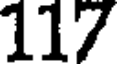
117